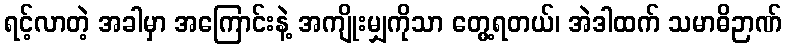
ရင့်လာတဲ့ အခါမှာ အကြောင်းနဲ့ အကျိုးမျှကိုသာ တွေ့ရတယ်၊ အဲဒါထက် သမာဓိဉာဏ်